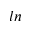
l n